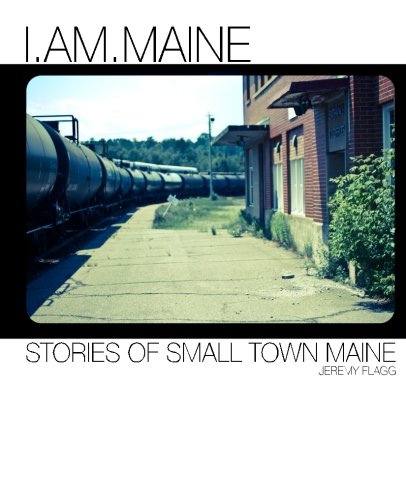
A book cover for I.Am.Maine: Stories of Small Town Maine; Jeremy Flagg; Biographies & Memoirs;